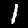
Label: 1